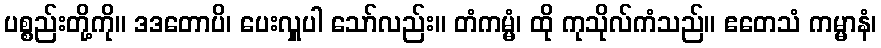
ပစ္စည်းတို့ကို။ ဒဒတောပိ၊ ပေးလှူပါ သော်လည်း။ တံကမ္မံ၊ ထို ကုသိုလ်ကံသည်။ ဧတေသံ ကမ္မာနံ၊